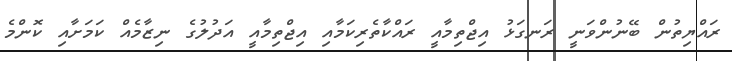
ރައްޔިތުން ބޭނުންވަނީ ރަނގަޅު އިޖްތިމާއީ ރައްކާތެރިކަމާއި އިޖްތިމާއީ އަދުލުގެ ނިޒާމެއް ކަމަށާއި ކޮންމެ